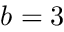
b = 3